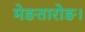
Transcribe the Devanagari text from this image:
मेङतारोङ।